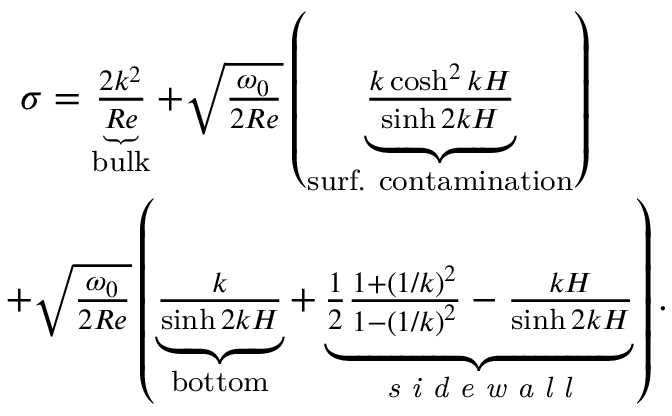
\begin{array} { r } { \sigma = \underbrace { \frac { 2 k ^ { 2 } } { R e } } _ { \mathrm { b u l k } } + \sqrt { \frac { \omega _ { 0 } } { 2 R e } } \left( \underbrace { \frac { k \cosh ^ { 2 } { k H } } { \sinh { 2 k H } } } _ { \mathrm { s u r f . ~ c o n t a m i n a t i o n } } \right) \ \ \ \ \ \ } \\ { + \sqrt { \frac { \omega _ { 0 } } { 2 R e } } \left( \underbrace { \frac { k } { \sinh { 2 k H } } } _ { \mathrm { b o t t o m } } + \underbrace { \frac { 1 } { 2 } \frac { 1 + \left( 1 / k \right) ^ { 2 } } { 1 - \left( 1 / k \right) ^ { 2 } } - \frac { k H } { \sinh { 2 k H } } } _ { \textit { s i d e w a l l } } \right) . } \end{array}